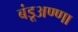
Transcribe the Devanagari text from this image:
बंडूअण्णा